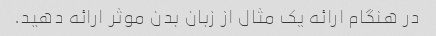
در هنگام ارائه یک مثال از زبان بدن موثر ارائه دهید.